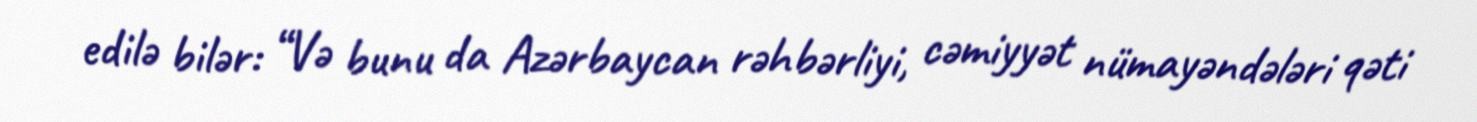
edilə bilər: “Və bunu da Azərbaycan rəhbərliyi, cəmiyyət nümayəndələri qəti